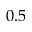
0 . 5